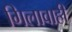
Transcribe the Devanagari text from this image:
गिलावाही